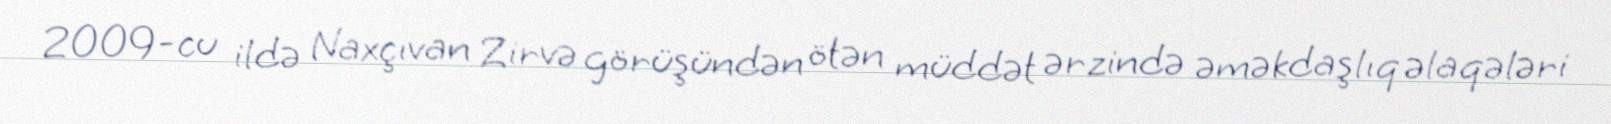
2009-cu ildə Naxçıvan Zirvə görüşündən ötən müddət ərzində əməkdaşlıq əlaqələri